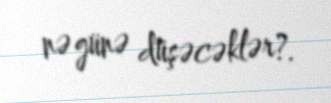
nə günə düşəcəklər?.